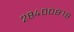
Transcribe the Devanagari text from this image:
२८४००९१९